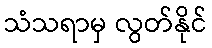
သံသရာမှ လွတ်နိုင်